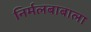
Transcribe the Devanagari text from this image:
निर्मलबाबाला